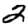
Digit: 2